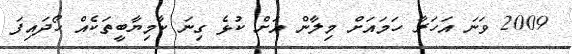
2009 ވަނަ އަހަރާ ހަމައަށް މިލާން އަށް ކުޅެ ގިނަ ކާމިޔާބީތަކެއް ހޯދައިފަ